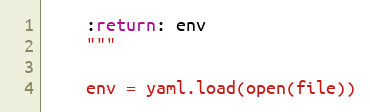
Language: Python
    :return: env
    """

    env = yaml.load(open(file))